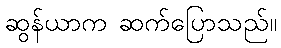
ဆွန်ယာက ဆက်ပြောသည်။